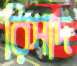
রিসাদ